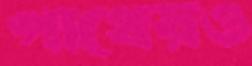
পাথেয়ও